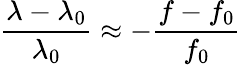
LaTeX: {\frac{\lambda-\lambda_{0}}{\lambda_{0}}}\approx-{\frac{f-f_{0}}{f_{0}}}